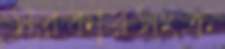
সরকারসংক্র